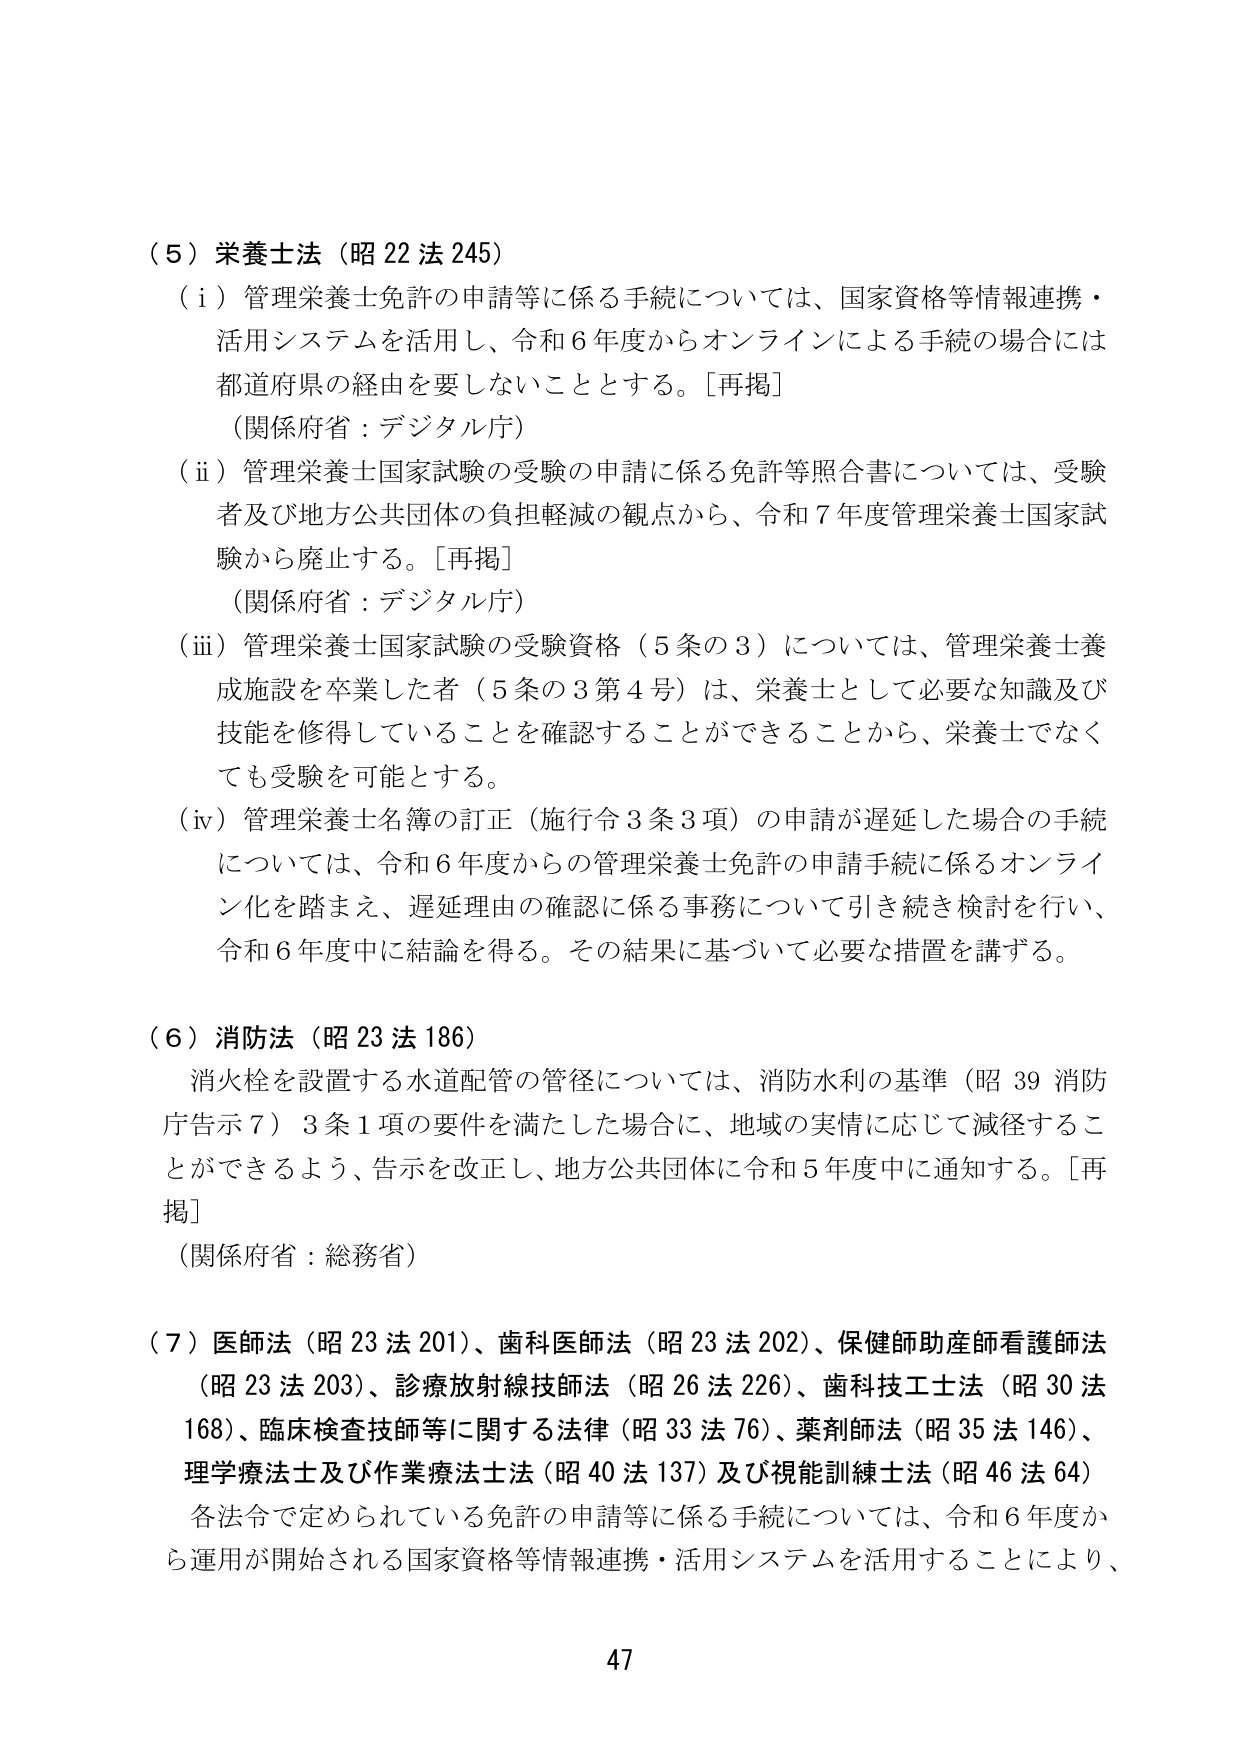
（５）栄養士法（昭22法245）
（ⅰ）管理栄養士免許の申請等に係る手続については、国家資格等情報連携・活用システムを活用し、令和６年度からオンラインによる手続の場合には都道府県の経由を要しないこととする。［再掲］
（関係府省：デジタル庁）
（ⅱ）管理栄養士国家試験の受験の申請に係る免許等照合書については、受験者及び地方公共団体の負担軽減の観点から、令和７年度管理栄養士国家試験から廃止する。［再掲］
（関係府省：デジタル庁）
（ⅲ）管理栄養士国家試験の受験資格（５条の３）については、管理栄養士養成施設を卒業した者（５条の３第４号）は、栄養士として必要な知識及び技能を修得していることを確認することができるうことから、栄養士でなくても受験を可能とする。
（ⅳ）管理栄養士名簿の訂正（施行令３条３項）の申請が遅延した場合の手続については、令和６年度からの管理栄養士免許の申請手続に係るオンライン化を踏まえ、遅延理由の確認に係る事務について引き続き検討を行い、令和６年度中に結論を得る。その結果に基づいて必要な措置を講ずる。

（６）消防法（昭23法186）
消火栓を設置する水道配管の管径については、消防水利の基準（昭39消防庁告示７）３条１項の要件を満たした場合に、地域の実情に応じて減径することができるよう、告示を改正し、地方公共団体に令和５年度中に通知する。［再掲］
（関係府省：総務省）

（７）医師法（昭23法201）、歯科医師法（昭23法202）、保健師助産師看護師法（昭23法203）、診療放射線技師法（昭26法226）、歯科技工士法（昭30法168）、臨床検査技師等に関する法律（昭33法76）、薬剤師法（昭35法146）、理学療法士及び作業療法士法（昭40法137）及び視能訓練士法（昭46法64）
各法令で定められている免許の申請等に係る手続については、令和６年度から運用が開始される国家資格等情報連携・活用システムを活用することにより、

47